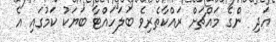
އަދި  ންގެ މައްޗަށް ރައްކާތެރިވެ ބަލަހައްޓާ ބަޔަކު ކަމުގައި އެ